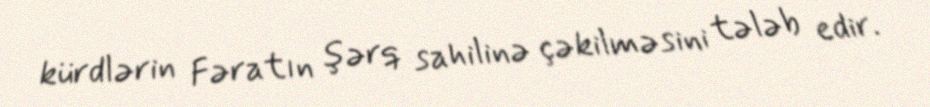
kürdlərin Fəratın şərq sahilinə çəkilməsini tələb edir.